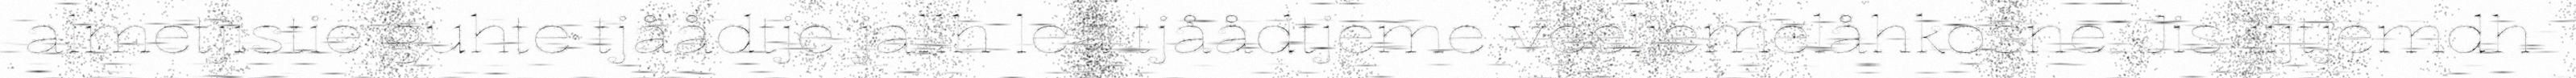
almetjistie guhte tjåådtje jallh lea tjåådtjeme veeljemelåhkosne. Jis jïjtjemdh